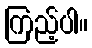
ကြည့်ပါ။